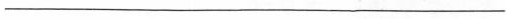
----------------